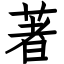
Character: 著